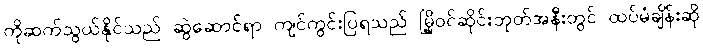
ကိုဆက်သွယ်နိုင်သည် ဆွဲဆောင်ရာ ကျင်ကွင်းပြရသည် မြို့ဝင်ဆိုင်းဘုတ်အနီးတွင် ထပ်မံချိန်းဆို